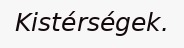
Kistérségek.